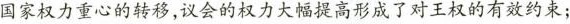
国家权力重心的转移，议会的权力大幅提高形成了对王权的有效约束；